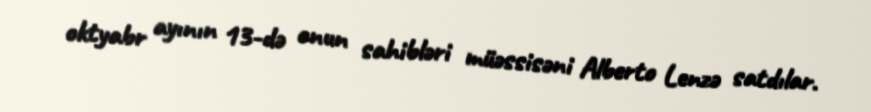
oktyabr ayının 13-də onun sahibləri müəssisəni Alberto Lenzə satdılar.